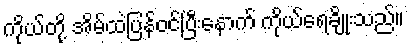
ကိုယ်တို့ အိမ်ထဲပြန်ဝင်ပြီးနောက် ကိုယ်ရေချိုးသည်။